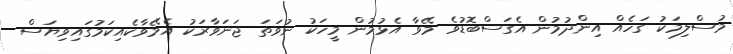
މުސްލިމަކު ގަހެއް އިންދުމުން އެގަސްބޮޑުވެ މޭވާ އެޅުމުން މީހަކު ނުވަތަ ޖަނަވާރަކު އެމޭވާކެއިކަމުގައިވިޔަސް